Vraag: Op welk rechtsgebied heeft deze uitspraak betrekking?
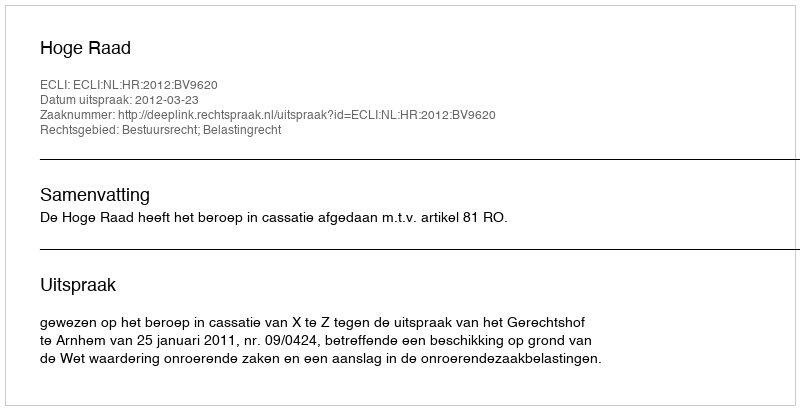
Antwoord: Bestuursrecht; Belastingrecht